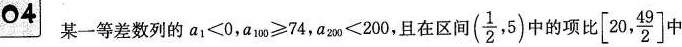
04 某一等差数列的$$a_{1}<0$$，$$a_{100}\geq 74$$，$$a_{200}<200$$，且在区间(\frac{1}{2},5)中的项比\left[20, \frac{49}{2}\right] 中